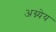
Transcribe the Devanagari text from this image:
अग्न्येय